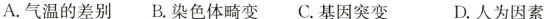
A.气温的差别 B.染色体畸变 C.基因突变D.人为因素